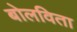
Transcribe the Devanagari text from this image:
बोलविता